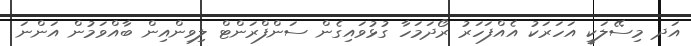
އަދ މިސޭލަކީ އަހަރަކު އެއްފަހަރު ރޯދަމަހާ ގުޅުވައިގެން ސަންފްރަންޓް ލިވިންއިން ބާއްވަމުން އަންނަ